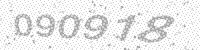
Solution: 090918